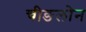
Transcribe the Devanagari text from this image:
चीङलोन